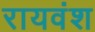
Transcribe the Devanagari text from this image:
रायवंश